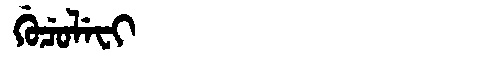
Manchu: ᡤᡠᠴᡠᠯᡝᠸᡳ
Romanization: GUCULEFI